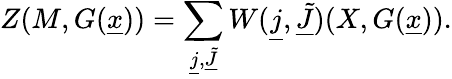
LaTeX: Z(M,G(\underline{{x}}))=\sum_{\underline{{j}},\underline{{{\tilde{J}}}}}W(\underline{{j}},\underline{{{\tilde{J}}}})(X,G(\underline{{x}})).